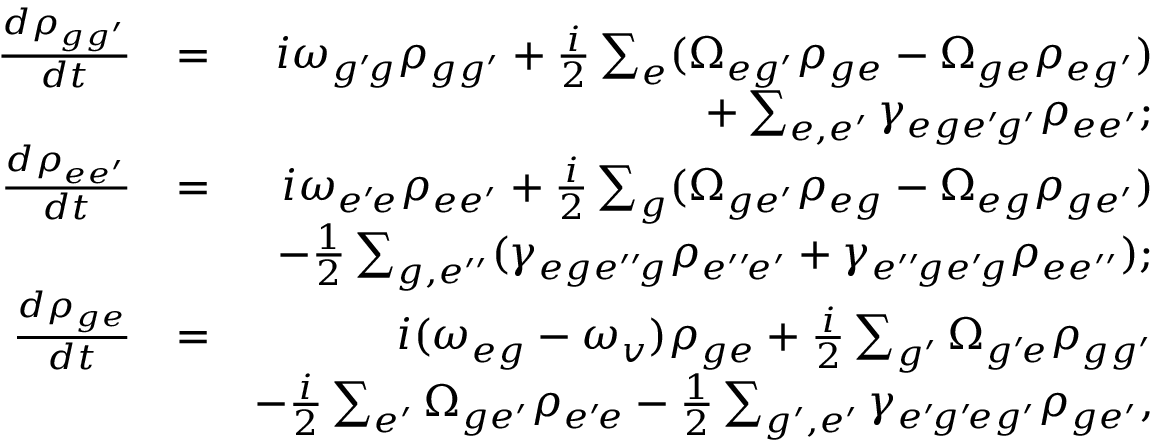
\begin{array} { r l r } { \frac { d \rho _ { g g ^ { \prime } } } { d t } } & { = } & { i \omega _ { g ^ { \prime } \! g } \rho _ { g g ^ { \prime } } + \frac { i } { 2 } \sum _ { e } ( \Omega _ { e g ^ { \prime } } \rho _ { g e } - \Omega _ { g e } \rho _ { e g ^ { \prime } } ) } \\ & { } & { + \sum _ { e , e ^ { \prime } } \gamma _ { e g e ^ { \prime } \! g ^ { \prime } } \rho _ { e e ^ { \prime } } ; } \\ { \frac { d \rho _ { e e ^ { \prime } } } { d t } } & { = } & { i \omega _ { e ^ { \prime } \! e } \rho _ { e e ^ { \prime } } + \frac { i } { 2 } \sum _ { g } ( \Omega _ { g e ^ { \prime } } \rho _ { e g } - \Omega _ { e g } \rho _ { g e ^ { \prime } } ) } \\ & { } & { - \frac { 1 } { 2 } \sum _ { g , e ^ { \prime \prime } } ( \gamma _ { e g e ^ { \prime \prime } \! g } \rho _ { e ^ { \prime \prime } \! e ^ { \prime } } + \gamma _ { e ^ { \prime \prime } \! g e ^ { \prime } \! g } \rho _ { e e ^ { \prime \prime } } ) ; } \\ { \frac { d \rho _ { g e } } { d t } } & { = } & { i ( \omega _ { e g } - \omega _ { v } ) \rho _ { g e } + \frac { i } { 2 } \sum _ { g ^ { \prime } } \Omega _ { g ^ { \prime } \! e } \rho _ { g g ^ { \prime } } } \\ & { } & { - \frac { i } { 2 } \sum _ { e ^ { \prime } } \Omega _ { g e ^ { \prime } } \rho _ { e ^ { \prime } \! e } - \frac { 1 } { 2 } \sum _ { g ^ { \prime } , e ^ { \prime } } \gamma _ { e ^ { \prime } \! g ^ { \prime } \! e g ^ { \prime } } \rho _ { g e ^ { \prime } } , } \end{array}